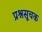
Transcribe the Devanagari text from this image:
प्रश्नसूचक